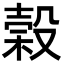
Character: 榖